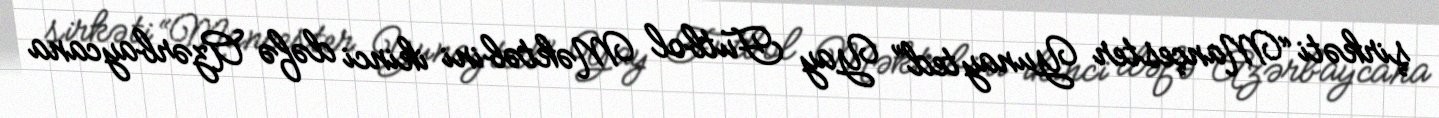
şirkəti “Mançester Yunayted” Yay Futbol Məktəbini ikinci dəfə Azərbaycana